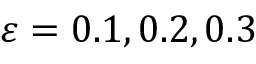
\varepsilon = 0 . 1 , 0 . 2 , 0 . 3